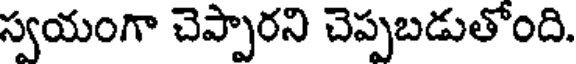
స్వయంగా చెప్పారని చెప్పబడుతోంది.